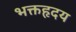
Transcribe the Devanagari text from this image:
भक्तहृदय